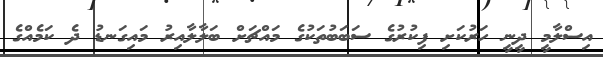
އިސްލާމީ ދީނީ ހަރުކަށި ފިކުރުގެ ސަބަބުތަކުގެ މައްޗަށް ބަލާލާއިރު މައިގަނޑު ދެ ކަމެއްގެ